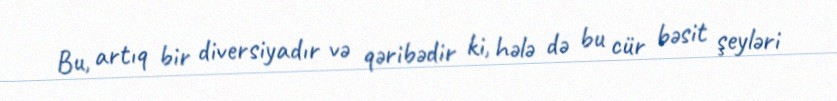
Bu, artıq bir diversiyadır və qəribədir ki, hələ də bu cür bəsit şeyləri